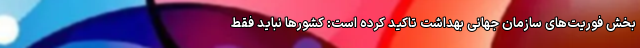
بخش فوریت‌های سازمان جهانی بهداشت تاکید کرده است: کشورها نباید فقط